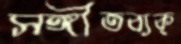
সঙ্গীতব্যক্